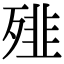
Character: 𩐁